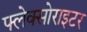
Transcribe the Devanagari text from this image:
फ्लेक्सोराइटर